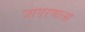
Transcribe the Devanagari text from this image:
जागरणाला